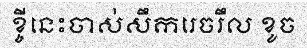
ខ្ចីនេះចាស់សឹករេចរឹល ខូច